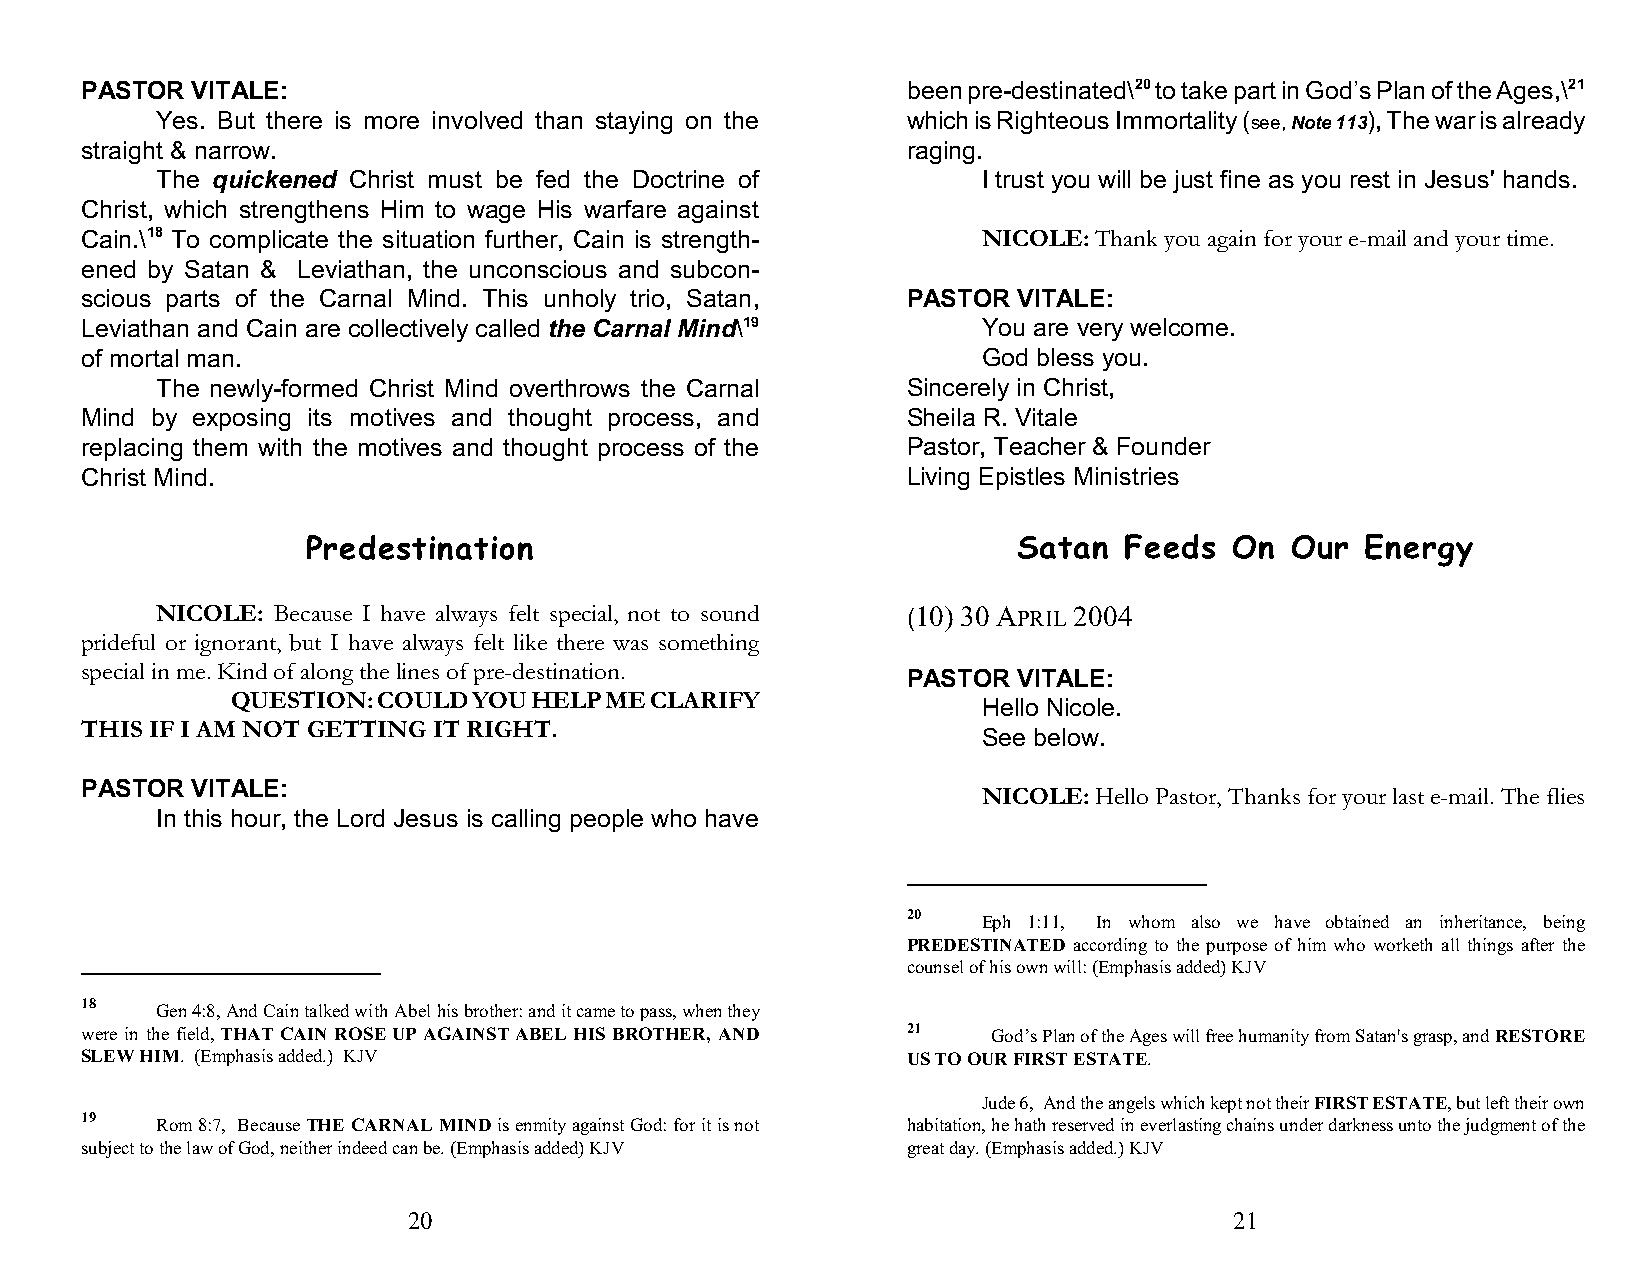
PASTOR  VITALE:                                        been pre-destinated\20 to take part in God’s Plan of the Ages,\21
 Yes. But there is more involved than staying on the which is Righteous Immortality (see, Note 113), The war is already
 straight & narrow.                                     raging.
 The quickened Christ must be fed the Doctrine of       I trust you will be just fine as you rest in Jesus' hands.
 Christ, which strengthens Him to wage His warfare against
 Cain.\18 To complicate the situation further, Cain is strength- NICOLE: Thank you again for your e-mail and your time.
 ened by Satan & Leviathan, the unconscious and subcon-
 scious parts of the Carnal Mind. This unholy trio, Satan, PASTOR VITALE:
 Leviathan and Cain are collectively called the Carnal Mind\19 You are very welcome.
 of mortal man.                                              God bless you.
 The newly-formed Christ Mind overthrows the Carnal Sincerely in Christ,
 Mind by exposing its motives and thought process, and  Sheila R. Vitale
 replacing them with the motives and thought process of the Pastor, Teacher & Founder
 Christ Mind.                                           Living Epistles Ministries
 Predestination                                 Satan  Feeds   On Our  Energy
 NICOLE: Because I have always felt special, not to sound (10) 30 APRIL 2004
 prideful or ignorant, but I have always felt like there was something
 special in me. Kind of along the lines of pre-destination.
 PASTOR VITALE:
 QUESTION: COULD YOU HELP ME CLARIFY
 Hello Nicole.
 THIS IF I AM NOT GETTING IT RIGHT.
 See below.
 PASTOR  VITALE:
 NICOLE: Hello Pastor, Thanks for your last e-mail. The flies
 In this hour, the Lord Jesus is calling people who have
 20
 Eph 1:11, In whom also we have obtained an inheritance, being
 PREDESTINATED according to the purpose of him who worketh all things after the
 counsel of his own will: (Emphasis added) KJV
 18
 Gen 4:8, And Cain talked with Abel his brother: and it came to pass, when they
 were in the field, THAT CAIN ROSE UP AGAINST ABEL HIS BROTHER, AND 21 God’s Plan of the Ages will free humanity from Satan's grasp, and RESTORE
 SLEW HIM. (Emphasis added.) KJV                        US TO OUR FIRST ESTATE.
 Jude 6, And the angels which kept not their FIRST ESTATE, but left their own
 19
 Rom 8:7, Because THE CARNAL MIND is enmity against God: for it is not habitation, he hath reserved in everlasting chains under darkness unto the judgment of the
 subject to the law of God, neither indeed can be. (Emphasis added) KJV great day. (Emphasis added.) KJV
 20                                                     21